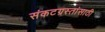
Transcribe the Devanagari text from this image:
संकटग्रस्तांसाठी